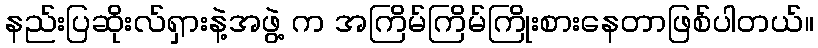
နည်းပြဆိုးလ်ရှားနဲ့အဖွဲ့ က အကြိမ်ကြိမ်ကြိုးစားနေတာဖြစ်ပါတယ်။